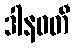
ဒါနဝတီ